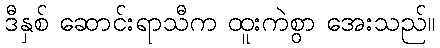
ဒီနှစ် ဆောင်းရာသီက ထူးကဲစွာ အေးသည်။